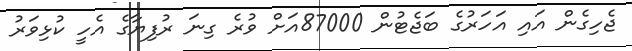
ޖެހިގެން އައި އަހަރުގެ ބަޖެޓުން 87000އަށް ވުރެ ގިނަ ރުފިޔާގެ އެހީ ކުޅިވަރު